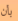
بأن